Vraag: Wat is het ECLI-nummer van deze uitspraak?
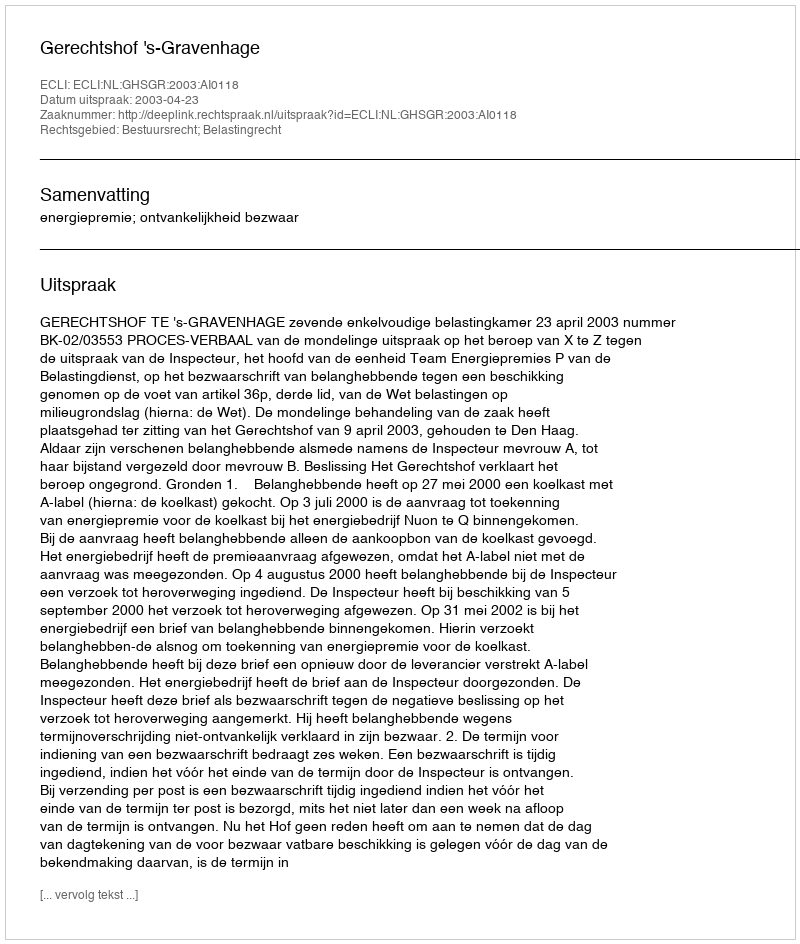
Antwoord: ECLI:NL:GHSGR:2003:AI0118